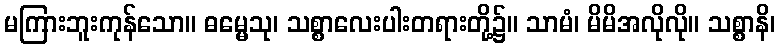
မကြားဘူးကုန်သော။ ဓမ္မေသု၊ သစ္စာလေးပါးတရားတို့၌။ သာမံ၊ မိမိအလိုလို။ သစ္စာနိ၊